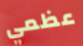
عظمي